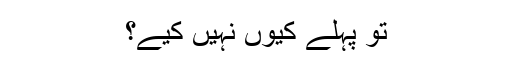
تو پہلے کیوں نہیں کیے؟